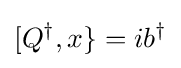
[Q^{\dagger },x\}=ib^{\dagger }